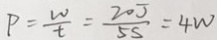
P = \frac { W } { t } = \frac { 2 0 J } { 5 s } = 4 W